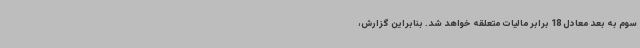
سوم به بعد ‌معادل 18 برابر مالیات متعلقه خواهد شد. بنابراین گزارش،